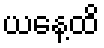
ယနေ့ထိ